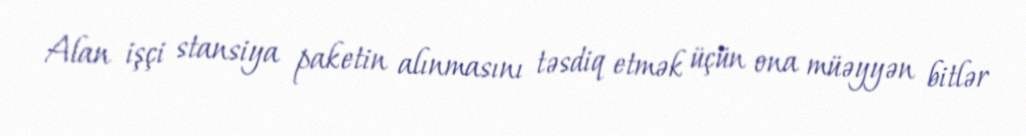
Alan işçi stansiya paketin alınmasını təsdiq etmək üçün ona müəyyən bitlər